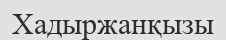
Хадыржанқызы